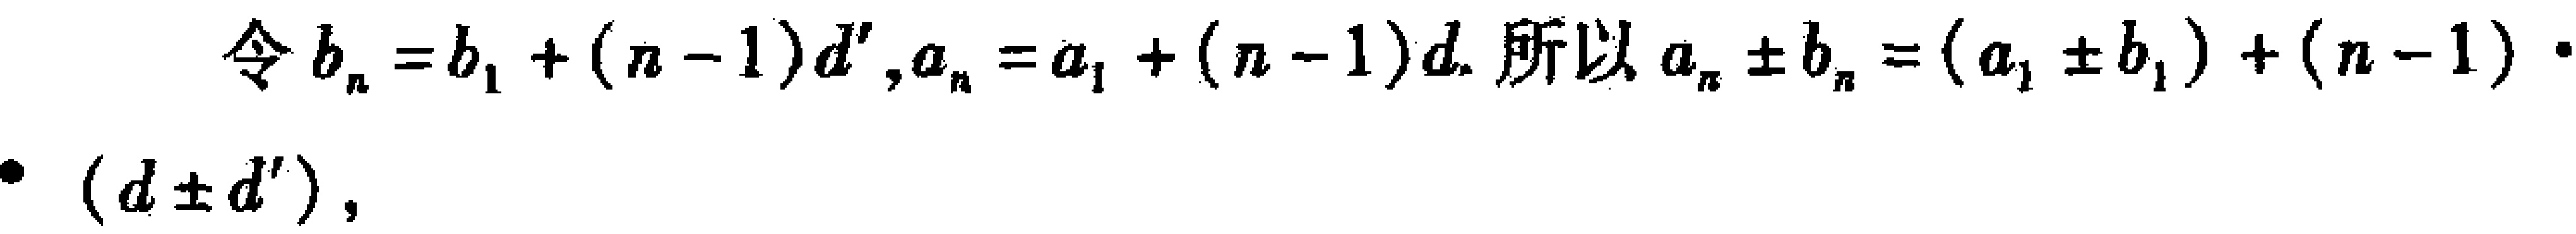
令\(b_{n}=b_{1}+(n - 1)d',a_{n}=a_{1}+(n - 1)d\). 所以 \(a_{n}\pm b_{n}=(a_{1}\pm b_{1})+(n - 1)\cdot(d\pm d')\)，